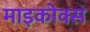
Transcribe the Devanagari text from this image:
माइकोक्स